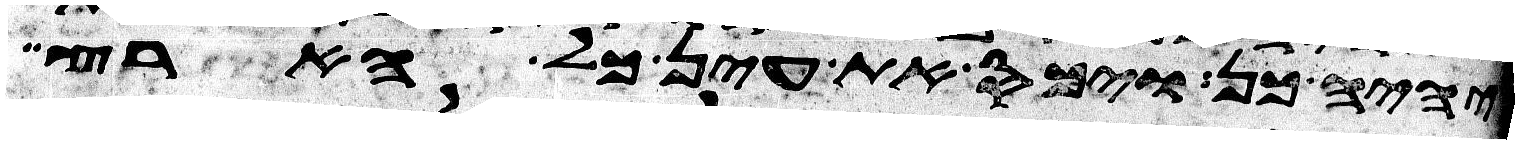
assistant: יהיה כן ויכס את עין כל הארץ